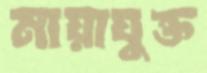
মায়াযুক্ত